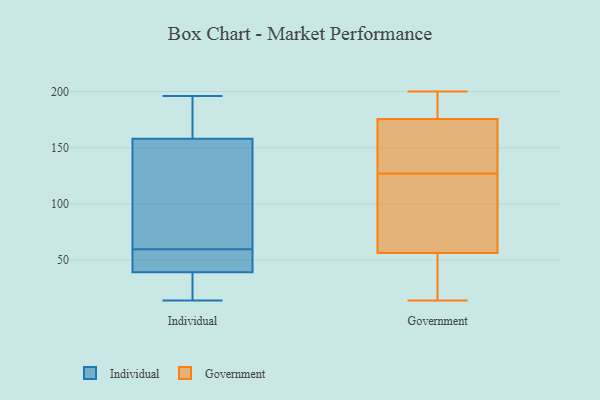
{"axis": {"x": "Gross Profit (USD K)", "y": "Value"}, "legend": ["Government", "Individual"], "data": [{"x": "", "y": 14, "type": "Individual"}, {"x": "", "y": 114, "type": "Individual"}, {"x": "", "y": 45, "type": "Individual"}, {"x": "", "y": 21, "type": "Individual"}, {"x": "", "y": 57, "type": "Individual"}, {"x": "", "y": 162, "type": "Individual"}, {"x": "", "y": 31, "type": "Individual"}, {"x": "", "y": 47, "type": "Individual"}, {"x": "", "y": 106, "type": "Individual"}, {"x": "", "y": 33, "type": "Individual"}, {"x": "", "y": 62, "type": "Individual"}, {"x": "", "y": 167, "type": "Individual"}, {"x": "", "y": 196, "type": "Individual"}, {"x": "", "y": 25, "type": "Individual"}, {"x": "", "y": 120, "type": "Individual"}, {"x": "", "y": 154, "type": "Individual"}, {"x": "", "y": 184, "type": "Individual"}, {"x": "", "y": 55, "type": "Individual"}, {"x": "", "y": 162, "type": "Individual"}, {"x": "", "y": 57, "type": "Individual"}, {"x": "", "y": 21, "type": "Government"}, {"x": "", "y": 127, "type": "Government"}, {"x": "", "y": 193, "type": "Government"}, {"x": "", "y": 200, "type": "Government"}, {"x": "", "y": 164, "type": "Government"}, {"x": "", "y": 112, "type": "Government"}, {"x": "", "y": 150, "type": "Government"}, {"x": "", "y": 75, "type": "Government"}, {"x": "", "y": 50, "type": "Government"}, {"x": "", "y": 174, "type": "Government"}, {"x": "", "y": 40, "type": "Government"}, {"x": "", "y": 14, "type": "Government"}, {"x": "", "y": 91, "type": "Government"}, {"x": "", "y": 194, "type": "Government"}, {"x": "", "y": 176, "type": "Government"}]}